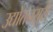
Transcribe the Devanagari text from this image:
उद्योतनसुरी